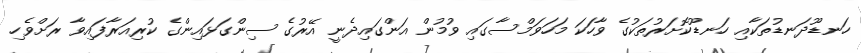
ހަނޑޫދަނޑުތަކާއި ހަނޑޫކޮށަރުތަކުގެ ވާހަކަ މަހަވަމްސާގައި ވުމުން އަންގައިދެނީ އޭރުގެ ސިންގަޅައިންގެ ކުރިއަރާފައިވާ ރަށްވެހި